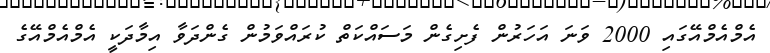
އެމްއެމްއޭގައި 2000 ވަނަ އަހަރުން ފެށިގެން މަސައްކަތް ކުރައްވަމުން ގެންދަވާ އިމާދަކީ އެމްއެމްއޭގެ